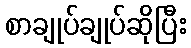
စာချုပ်ချုပ်ဆိုပြီး